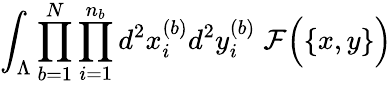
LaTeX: \int_{\Lambda}\prod_{b=1}^{N}\prod_{i=1}^{n_{b}}d^{2}x_{i}^{(b)}d^{2}y_{i}^{(b)}\; {\cal F}\Big(\{ x,y\} \Big)